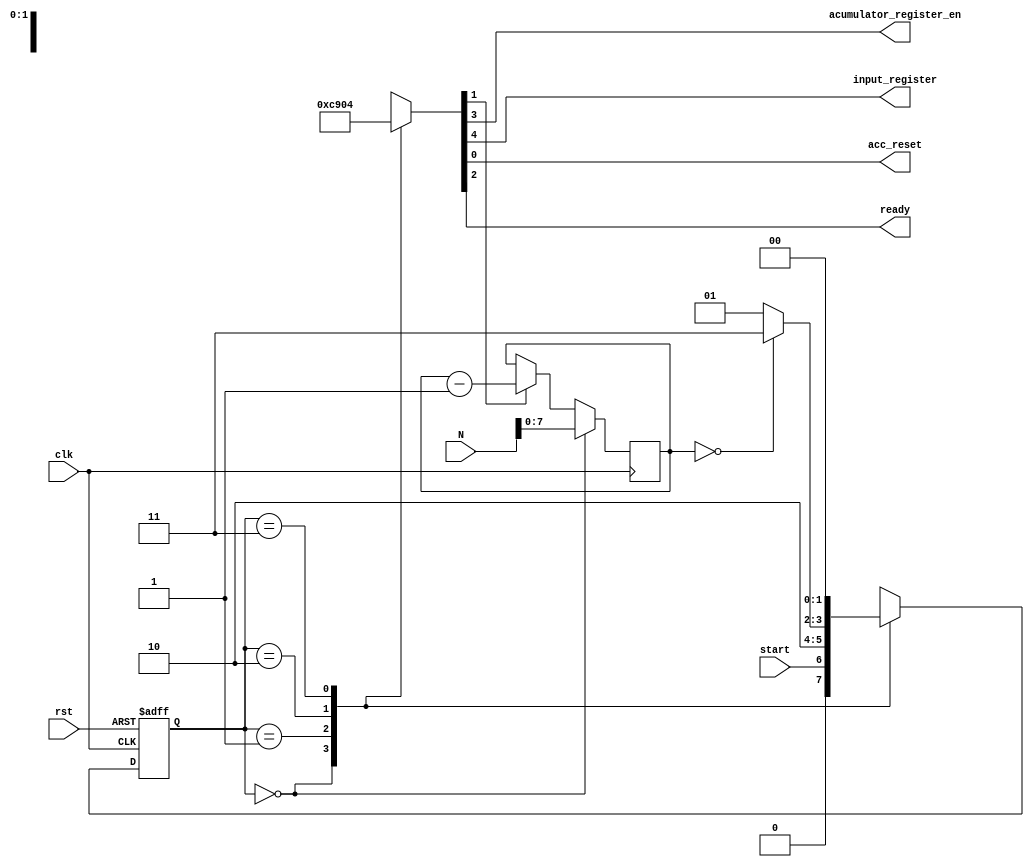
`timescale 1ns / 1ps
//////////////////////////////////////////////////////////////////////////////////
// Company: 
// Engineer: 
// 
// Design Name: 
// Module Name:    Controller 
// Project Name: 
// Target Devices: 
// Tool versions: 
// Description: 
//
// Dependencies: 
//
// Revision: 
// Revision 0.01 - File Created
// Additional Comments: 
//
//////////////////////////////////////////////////////////////////////////////////
module Controller ( input clk, input rst, input start, input [15:0]N, output reg acumulator_register_en, output reg input_register, output reg acc_reset, output reg ready);
	reg [1:0] next_state, present_state;
	reg [7:0]counter;
	reg counter_en;
	
	always @(posedge clk) begin
		if (present_state == 2'b00) counter <= N;
		else if (counter_en) counter <= counter - 8'b00000001;
	end
	
	always @(start, present_state) begin
		case (present_state)
			2'b00:
				{input_register, acumulator_register_en, ready, counter_en, acc_reset} = 5'b00001;

			2'b01:
				{input_register, acumulator_register_en, ready, counter_en, acc_reset} = 5'b10010;
			
			2'b10:
				{input_register, acumulator_register_en, ready, counter_en, acc_reset} = 5'b01000;
			
			2'b11:
				{input_register, acumulator_register_en, ready, counter_en, acc_reset} = 5'b00100;

		endcase
	end
	
	always @(start, present_state) begin
		case (present_state)
			2'b00: next_state = {1'b0, start};
			2'b01: next_state = 2'b10;
			2'b10: next_state = (counter == 8'b0) ? 2'b11 : 2'b01;
			2'b11: next_state = 2'b00;
		endcase
	end

	always @(posedge rst, posedge clk) begin
		if (rst) present_state <= 2'b0;
		else present_state <= next_state;
	end
endmodule